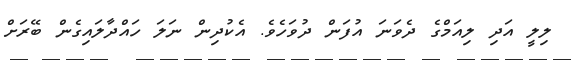
ލިލީ އަދި ލިއަމްގެ ދެވަނަ އުފަން ދުވަހެވެ. އެކުދިން ނަލަ ހައްދާލައިގެން ބޭރަށް